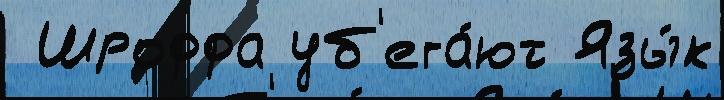
 Шроффа уб'ега́ют Язы́к